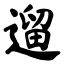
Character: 遛